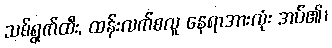
သစ်ရွက်ထီး, ထန်းလက်စလူ နေရာအားလုံး အပ်၏၊